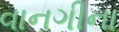
વાનગીના